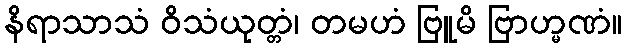
နိရာသာသံ ဝိသံယုတ္တံ၊ တမဟံ ဗြူမိ ဗြာဟ္မဏံ။